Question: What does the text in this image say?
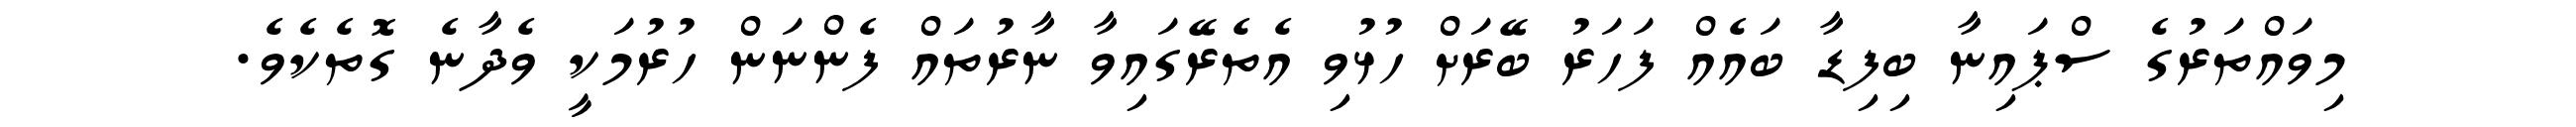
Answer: މިވައްތަރުގެ ސްޕައިނާ ބިފިޑާ ބައެއް ފަހަރު ބޭރަށް ހުޅުވި އެތެރޭގައިވާ ނާރުތައް ފެންނަން ހުރުމަކީ ވެދާނެ ގޮތެކެވެ.